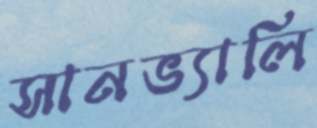
সানভ্যালি